Vital statistics of India. Vol. IV, Annual returns from 1871 to 1876. British Army of India, Native Army and jails of Bengal
Year: 1871
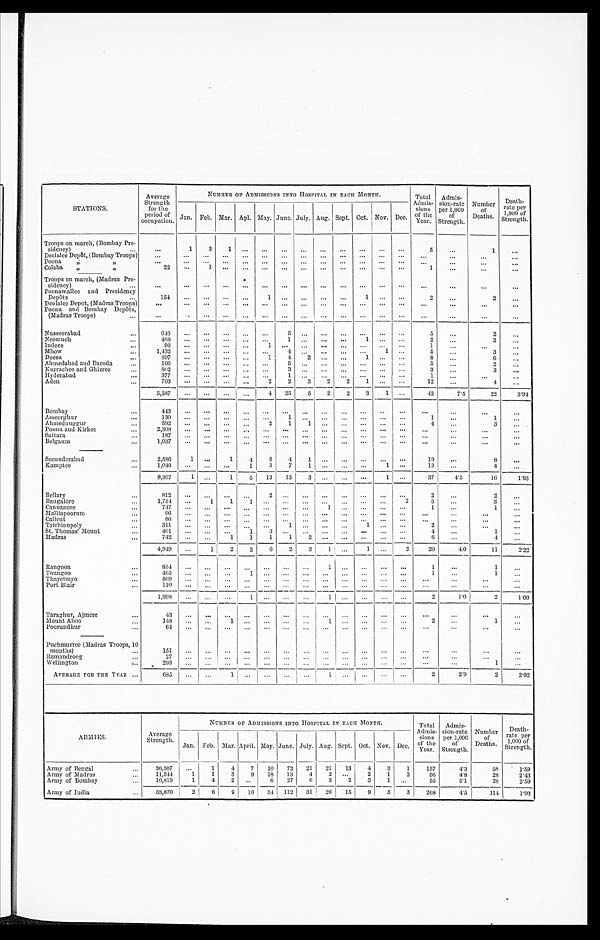
STATIONS.
Average
Strength
for the
period of
occupation.
NUMBER OF ADMISSIONS INTO HOSPITAL IN EACH MONTH.
T o t a l A d m i s -
s i o n s
of the
Year.
A d m i s - s i o n - r a t e p e r 1 , 0 0 0
of
Strength.
Number
of
Deaths.
Death-
rate per
1,000 of
Strength.
Jan. Feb. Mar. Apl. May. June. July. Aug. Sept. Oct. Nov. Dec.
Troops on march, (Bombay Pre-
sidency)
...
. . .
1
3
1
. . .
. . .
. . .
. . .
. . .
. . .
. . .
. . .
...
5
...
1
...
Deolalee Depôt, (Bombay Troops)
. . .
. . .
. . .
. . .
... ...
... ... ...
. . .
. . .
. . .
...
. . .
. . .
. . .
. . .
Poona
, , , ,
. . .
...
... ... ... ... ... ... ... ... ... ... ...
. . .
...
. . . . . .
...
Colaba „
,,
22 ...
1
. . .
. . .
. . .
. . .
. . .
. . .
. . .
. . .
...
. . .
1
. . .
. . .
...
Troops on march, (Madras Pre-
sideney)
...
. . .
... ... ... ... ... ... ... ... ... ... ... ...
...
...
. . .
. . .
Poonamallee and Presidency
Depôts
...
1 5 4
. . .
. . .
. . .
. . .
1
. . .
. . .
. . .
. . .
1 . . .
. . .
2
...
2
. . .
Deolalee Depot, (Madras Troops)
. . .
... ... ... ...
. . .
... ... ... ...
. . .
... ...
...
...
...
. . .
Poona and Bombay Depôts,
(Madras Troops)
...
...
. .
. . .
... ...
. . .
... ...
. . .
... ... ... ...
...
...
...
. . .
Nusseerabad
...
646 ... ...
... ...
...
5 ... ... ...
. . .
. . .
. . .
5
...
2
. . .
Neemuch
...
468 ... ..
... ... ...
1
. . .
. . .
. . .
1
. . .
. . .
2
...
2
. . .
Indore ...
96
. . .
. . .
... ...
1
. . .
. . .
. . .
. . .
. . . . . .
...
1
...
...
. . .
Mhow
...
1,432 ... ...
... ... ...
4 ... ...
...
. . .
1 ...
5
...
3
...
Deesa
...
897 ... ...
. . .
. . .
1
4
2 ... ...
1
. . .
. . .
8
...
6
. . .
Ahmedabad and Baroda ...
166 ...
. . .
...
. . .
...
5
. . .
. . .
...
. . .
... ...
5
...
2
...
Kurrachee and Ghizree
...
8 0 2
... ...
... ... ...
3
. . .
. . .
. . .
... ... ...
3
...
3
. . .
Hyderabad
...
377 ... ...
. . .
. . . . . .
1
. . .
. . .
. . .
. . .
. . .
. . .
1
...
...
. . .
Aden ...
7 0 3
. . .
. . .
. . .
. . .
2
2
3
2
2
1
. . .
. . .
12
...
4
. . .
5,587
. . .
. . .
... ...
4 25
5
2
2
3
1
. . .
42
7.5
22
3 . 9 4
Bombay
...
443
. . .
...
. . .
. . .
... ...
... ...
... ...
... ...
...
...
. . .
. . .
Asseerghur
...
130 ...
. . .
. . .
. . .
...
1
. . .
. . .
. . .
. . .
. . .
. . .
1
...
1
...
A h m e d n u g g u r . . .
592
. . .
. . .
. . .
. . .
2
1
1
. . .
. . .
. . .
. . .
. . .
4
...
3
. . .
Poona and Kirkee
...
2,308 ...
... ...
. . .
... ... ... ... ... ... ... ...
...
. . .
...
. . .
Sattara
...
187
. . .
. . .
. . .
. . .
... ... ... ... ...
. . .
. . .
. . .
...
...
...
...
Belgaum
1,037 ... ...
. . . . . .
... ...
. . .
... ... ... ...
. . .
...
...
...
. . .
Secunderabad
...
2,586
1 ...
1
4
8
4
1
. . .
. . .
. . .
. . .
. . .
19
...
8
...
K a m p t e e . . .
1,040 ... ... ...
1
3
7
1
. . .
. . .
. . .
1 ...
13
...
4
. . .
8,307
1 ...
1
5 13 13
3
. . .
. . .
. . .
1 ...
37
4.5
16
1.93
Bellary
...
812
. . .
. . .
. . .
. . .
2
. . .
... ...
. . .
...
. . .
...
2
. . .
2
. . .
Bangalore ...
1,754 ...
1
1
1
. . .
... ... ... ...
. . .
. . .
2
5
...
3
...
Cannanore
...
7 4 7
. . .
. . .
. . .
. . .
. . .
. . .
. . .
1
. . .
. . .
. . .
. . .
1
...
1
...
Malliapoorum
...
96
. . .
. . .
. . .
. . .
. . .
. . .
. . .
. . .
. . .
. . .
. . .
. . .
...
. . .
...
...
Calicut
...
86
. . .
. . .
. . .
. . .
. . .
. . .
. . .
. . .
. . .
. . .
. . . ...
...
...
. . .
...
Trichinopoly
...
311
. . .
. . .
. . .
. . .
. . .
1
. . .
. . .
. . .
1
. . .
. . .
2
. . .
...
...
St. Thomas’ Mount ...
401 ... ...
...
1
3
. . .
. . .
. . .
. . .
. . .
. . .
. . .
4
...
1
. . .
Madras
...
7 4 2
. . .
...
1
1
1
1
2
. . .
. . .
. . .
. . .
. . .
6
...
4
...
4,949 ...
1
2
3
6
2
2
1 ...
1 ...
2
20
4.0
11
2.22
Rangoon ...
854
. . .
. . .
. . .
. . .
. . .
. . .
. . .
1 ...
. . .
... ...
1
...
1
. . .
Toungoo
...
465
. . .
...
. . .
1
. . .
. . .
. . .
. . .
. . .
. . .
. . .
. . .
1
. . . 1
. . .
Thayetmyo
...
569 ...
. . .
...
. . .
... ... ... ... ...
. . .
. . .
. . .
...
. . .
. . .
...
Port Blair
...
1 1 0
. . .
. . .
. . .
. . .
. . .
. . .
. . . ... ... ... ...
. . .
...
...
. . .
...
1 , 9 9 8
. . .
. . .
. . .
1
. . .
. . .
. . .
1
. . .
. . .
. . .
...
2
1.0
2
1.00
Taraghur, Ajmere
...
43
. . .
. . .
. . .
. . .
. . .
. . .
. . .
. . .
. . .
. . .
. . .
. . .
...
...
...
...
Mount Aboo
1 4 8
... ...
1
. . .
... ...
...
1
. . .
. . .
. . .
. . .
2
...
1
. . .
Poorundhur
...
6 4 . . .
. . .
. . .
. . .
. . .
. . .
. . .
. . .
. . .
. . .
. . .
. . .
...
...
...
...
Puchmurree (Madras Troops, 10
months)
...
151
. . .
. . .
. . .
. . .
. . .
. . .
. . .
... ... ... ... ...
...
...
...
...
R a m a n d r o o g
27
. . .
... ... ...
... ... ... ... ... ...
. . .
...
...
...
...
. . .
Wellington
...
293
. . .
... ... ... ... ...
...
... ... ... ... ...
...
. . .
1
...
AVERAGE FOR THE YEAR ...
685 ... ...
1 ... ...
... ...
1 ...
. . .
... ...
2
2.9
2
2.92
ARMIES.
Average
Strength.
NUMBER OF ADMISSIONS INTO HOSPITAL IN EACH MONTH.
Total
Admis-
sions
of the
Year.
Admis-
sion-rate
per 1,000
of
Strength.
Number
of
Deaths.
Death-
rate per
1,000 of
Strength.
Jan. Feb. Mar. April. May. June. July. Aug. Sept. Oct. Nov. Dec.
Army of Bengal ...
3 6 , 5 0 7
. . .
1
4
7 10 72 21 21 13
4
3
1
157
4.3
58
1.59
Army of Madras ...
1 1 , 5 4 4 1
1
3
9 18 13
4
2
. . .
2
1
2
56
4.8
28
2.43
Army of Bombay ...
10,819
1
4
2
. . .
6 27
6
3
2
3
1 ...
55
5.1
28
2.59
Army of India
...
58,870
2
6
9 16 34 112 31 26 15
9
5
3
268
4.5
114
1.93